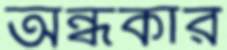
অন্ধকার